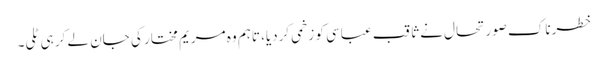
خطرناک صورتحال نے ثاقب عباسی کو زخمی کردیا، تاہم وہ مریم مختار کی جان لے کر ہی ٹلی۔